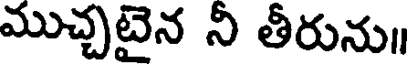
ముచ్చటైన నీ తీరును